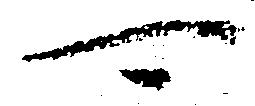
可